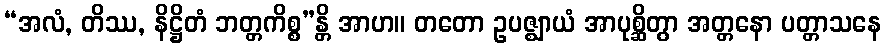
“အလံ, တိဿ, နိဋ္ဌိတံ ဘတ္တကိစ္စ”န္တိ အာဟ။ တတော ဥပဇ္ဈာယံ အာပုစ္ဆိတွာ အတ္တနော ပတ္တာသနေ